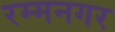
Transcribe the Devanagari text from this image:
रम्मनगर